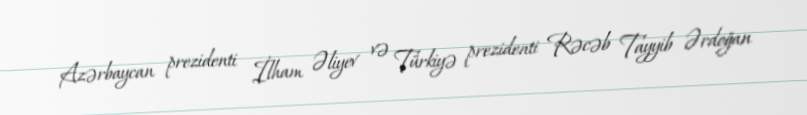
Azərbaycan prezidenti İlham Əliyev və Türkiyə prezidenti Rəcəb Tayyib Ərdoğan